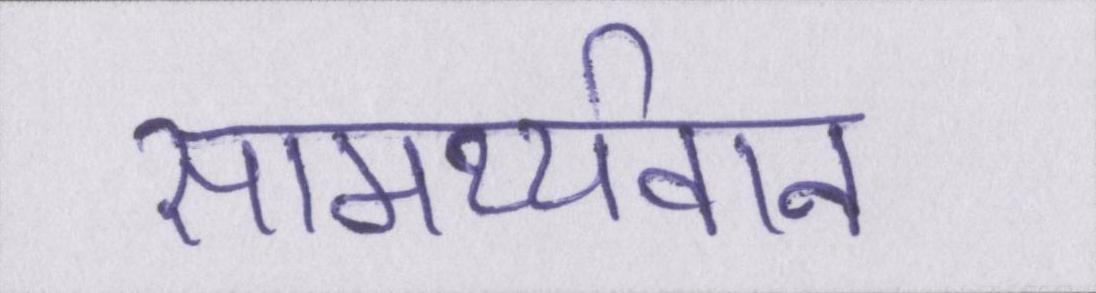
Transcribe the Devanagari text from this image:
सामर्थ्यवान